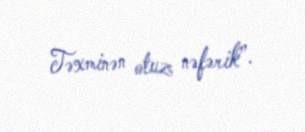
Təxminən otuz nəfərik”.